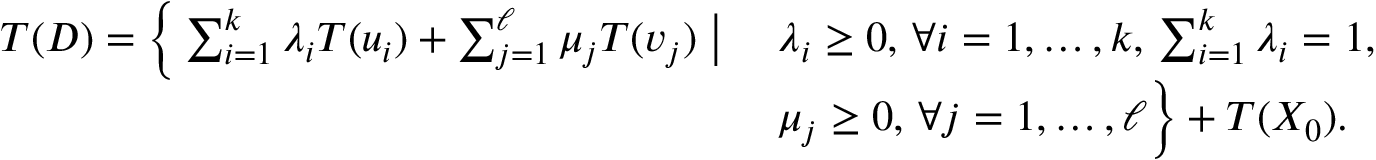
\begin{array} { r } { \begin{array} { l l } { T ( D ) = \Big \{ \sum _ { i = 1 } ^ { k } \lambda _ { i } T ( u _ { i } ) + \sum _ { j = 1 } ^ { \ell } \mu _ { j } T ( v _ { j } ) \; \big | \; } & { \lambda _ { i } \geq 0 , \, \forall i = 1 , \ldots , k , \, \sum _ { i = 1 } ^ { k } \lambda _ { i } = 1 , } \\ & { \mu _ { j } \geq 0 , \, \forall j = 1 , \ldots , \ell \Big \} + T ( X _ { 0 } ) . } \end{array} } \end{array}